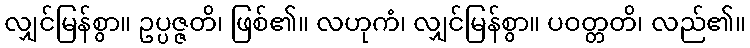
လျှင်မြန်စွာ။ ဥပ္ပဇ္ဇတိ၊ ဖြစ်၏။ လဟုကံ၊ လျှင်မြန်စွာ။ ပဝတ္တတိ၊ လည်၏။